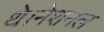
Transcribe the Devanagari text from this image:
थे।नेशनल